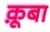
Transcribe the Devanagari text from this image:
क़ूबा